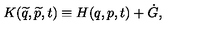
K ( \widetilde { q } , \widetilde { p } , t ) \equiv H ( q , p , t ) + \dot { G } ,